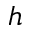
h